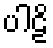
ပါဠိ